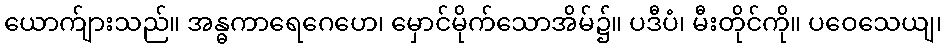
ယောက်ျားသည်။ အန္ဓကာရေဂေဟေ၊ မှောင်မိုက်သောအိမ်၌။ ပဒီပံ၊ မီးတိုင်ကို။ ပဝေသေယျ၊